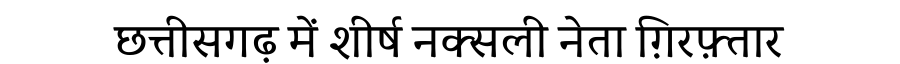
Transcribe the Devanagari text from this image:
छत्तीसगढ़ में शीर्ष नक्सली नेता ग़िरफ़्तार